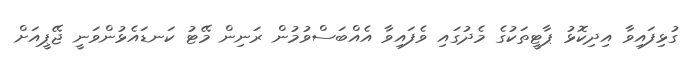
ގުޅިފައިވާ އިދިކޮޅު ޕާޓީތަކުގެ މެދުގައި ވެފައިވާ އެއްބަސްވުމުން ރަނިން މޭޓު ކަނޑައެޅުންވަނީ ޖޭޕީއަށް